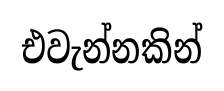
එවැන්නකින්